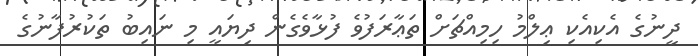
ދީނުގެ އެކިއެކި ޢިލްމު ހިމިއްޗަށް ތަޢާރަފުވެ ފުޅާވެގެން ދިޔައީ މި ނައިބު ތަކުރުފާނުގެ